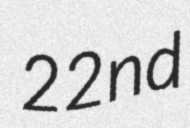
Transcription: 22nd